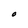
Character: O